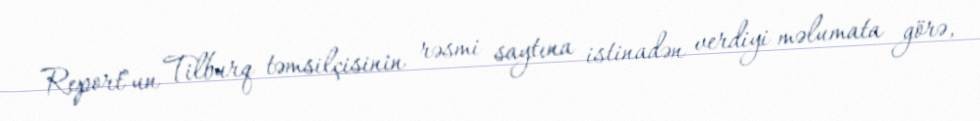
Report"un Tilburq təmsilçisinin rəsmi saytına istinadən verdiyi məlumata görə,